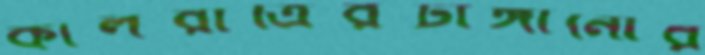
কালরাত্রিরটাঙ্গানোর